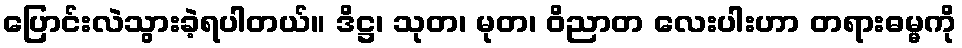
ပြောင်းလဲသွားခဲ့ရပါတယ်။ ဒိဋ္ဌ၊ သုတ၊ မုတ၊ ဝိညာတ လေးပါးဟာ တရားဓမ္မကို